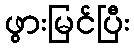
ဖွားမြင်ပြီး